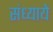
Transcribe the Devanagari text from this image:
संध्याये